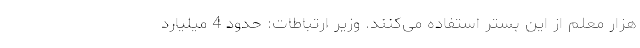
هزار معلم از این بستر استفاده می‌کنند. وزیر ارتباطات: حدود 4 میلیارد